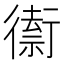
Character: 𲀡